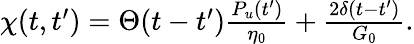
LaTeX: \begin{array}{r}{\chi(t,t^{\prime})=\Theta(t-t^{\prime})\frac{P_{u}(t^{\prime})}{\eta_{0}}+\frac{2\delta(t-t^{\prime})}{G_{0}}.}\end{array}